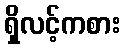
ရှိလင့်ကစား